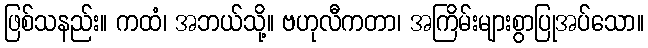
ဖြစ်သနည်း။ ကထံ၊ အဘယ်သို့။ ဗဟုလီကတာ၊ အကြိမ်းများစွာပြုအပ်သော။